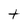
Character: t